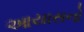
આયાસનો